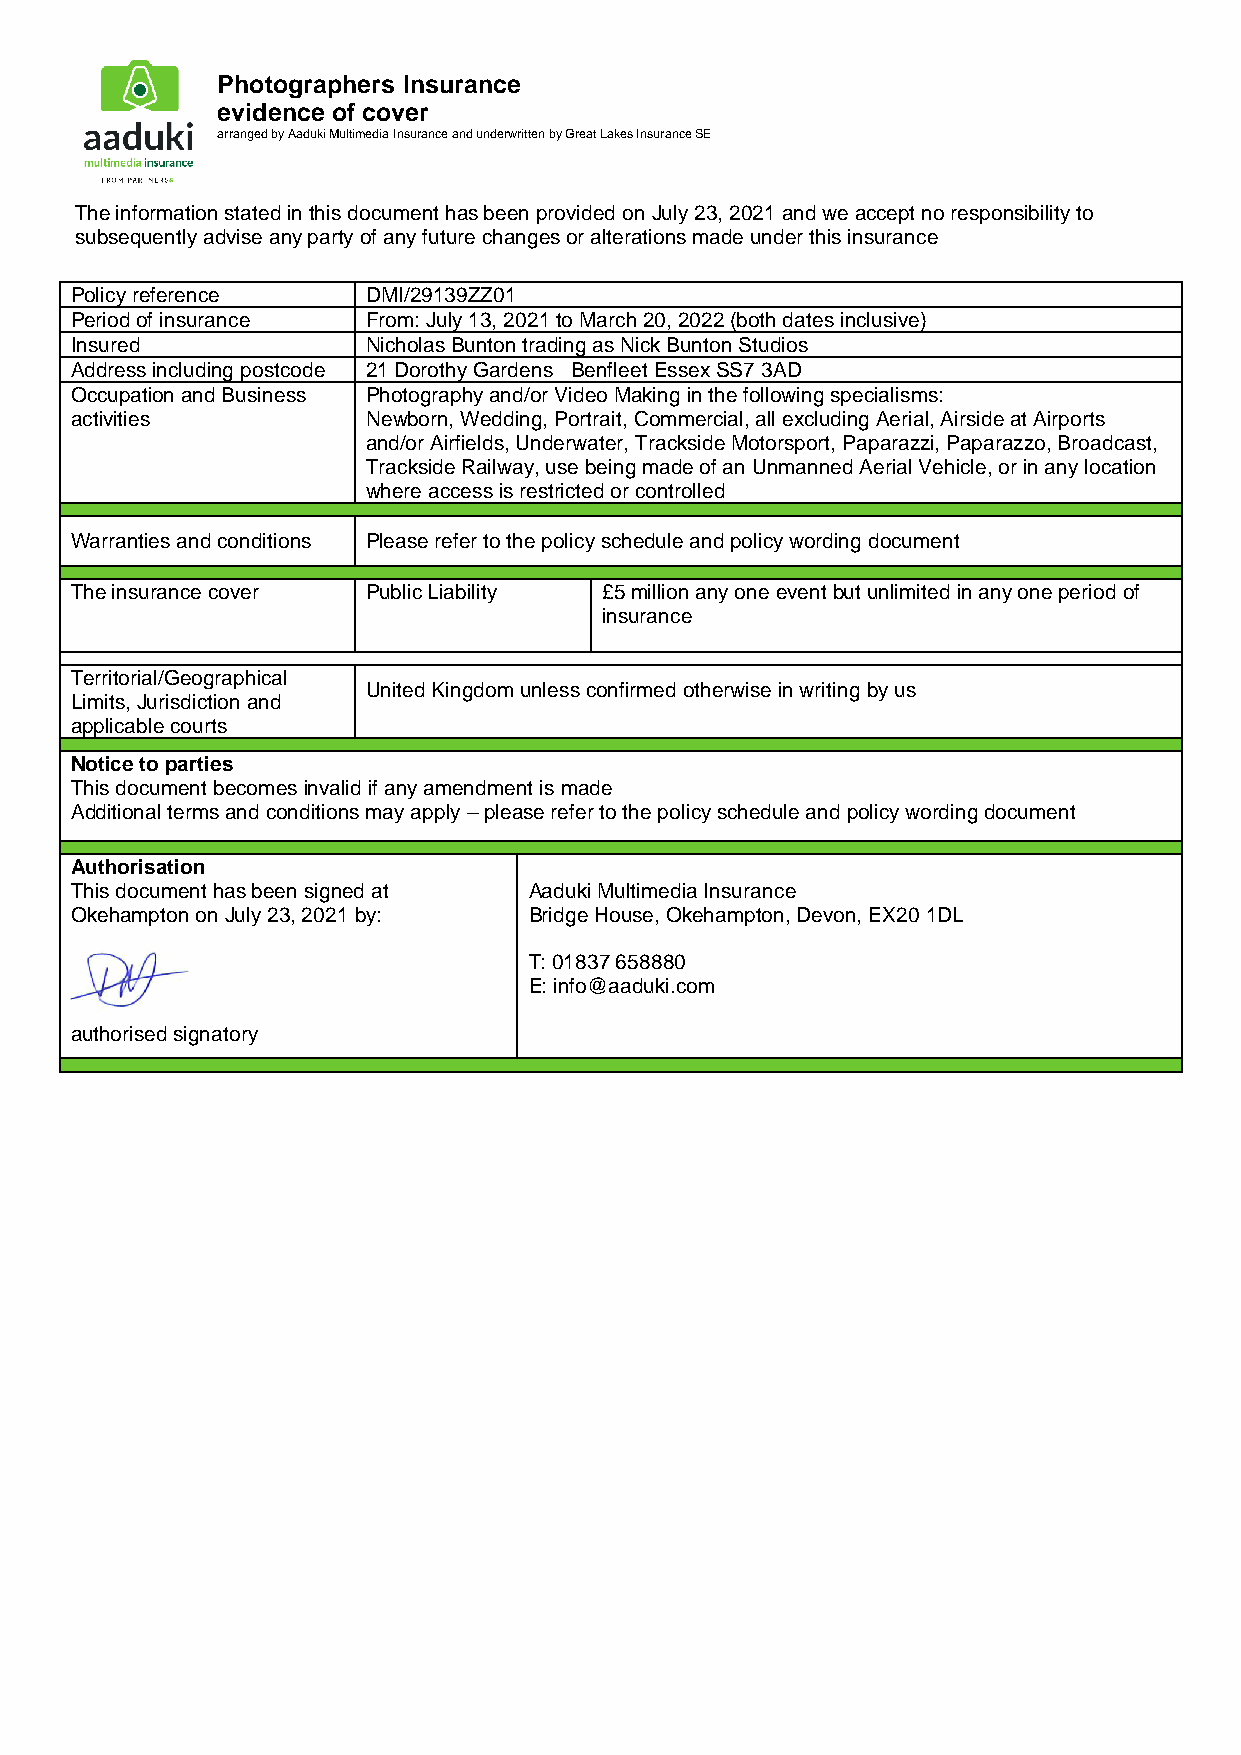
Photographers Insurance
 evidence of cover
 arranged by Aaduki Multimedia Insurance and underwritten by Great Lakes Insurance SE
 The information stated in this document has been provided on July 23, 2021 and we accept no responsibility to
 subsequently advise any party of any future changes or alterations made under this insurance
 Policy reference   DMI/29139ZZ01
 Period of insurance From: July 13, 2021 to March 20, 2022 (both dates inclusive)
 Insured            Nicholas Bunton trading as Nick Bunton Studios
 Address including postcode 21 Dorothy Gardens Benfleet Essex SS7 3AD
 Occupation and Business Photography and/or Video Making in the following specialisms:
 activities         Newborn, Wedding, Portrait, Commercial, all excluding Aerial, Airside at Airports
 and/or Airfields, Underwater, Trackside Motorsport, Paparazzi, Paparazzo, Broadcast,
 Trackside Railway, use being made of an Unmanned Aerial Vehicle, or in any location
 where access is restricted or controlled
 Warranties and conditions Please refer to the policy schedule and policy wording document
 The insurance cover Public Liability £5 million any one event but unlimited in any one period of
 insurance
 Territorial/Geographical
 United Kingdom unless confirmed otherwise in writing by us
 Limits, Jurisdiction and
 applicable courts
 Notice to parties
 This document becomes invalid if any amendment is made
 Additional terms and conditions may apply – please refer to the policy schedule and policy wording document
 Authorisation
 This document has been signed at Aaduki Multimedia Insurance
 Okehampton on July 23, 2021 by: Bridge House, Okehampton, Devon, EX20 1DL
 T: 01837 658880
 E: info@aaduki.com
 authorised signatory